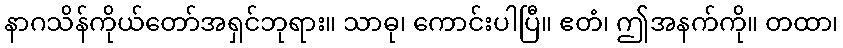
နာဂသိန်ကိုယ်တော်အရှင်ဘုရား။ သာဓု၊ ကောင်းပါပြီ။ ဧတံ၊ ဤအနက်ကို။ တထာ၊